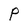
Character: P